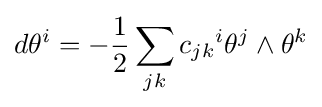
d\theta ^{i}=-{\frac {1}{2}}\sum _{jk}{c_{jk}}^{i}\theta ^{j}\wedge \theta ^{k}